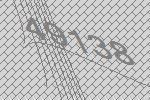
49138